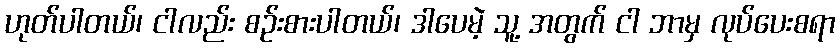
ဟုတ်ပါတယ်၊ ငါလည်း စဉ်းစားပါတယ်၊ ဒါပေမဲ့ သူ့ အတွက် ငါ ဘာမှ လုပ်ပေးစရာ